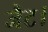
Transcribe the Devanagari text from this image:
जैट।